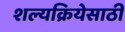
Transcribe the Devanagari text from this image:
शल्यक्रियेसाठी